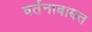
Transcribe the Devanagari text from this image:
वर्तनाबाबत